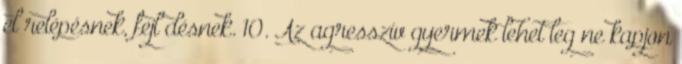
elırelépésnek, fejlıdésnek. 10. Az agresszív gyermek lehetıleg ne kapjon